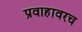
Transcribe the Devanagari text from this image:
प्रवाहावरच